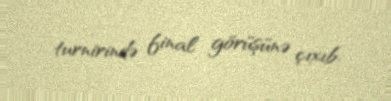
turnirində final görüşünə çıxıb.